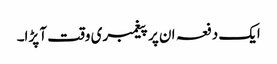
ایک دفعہ ان پر پیغمبری وقت آ پڑا۔